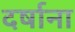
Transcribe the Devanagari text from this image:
दर्षाना